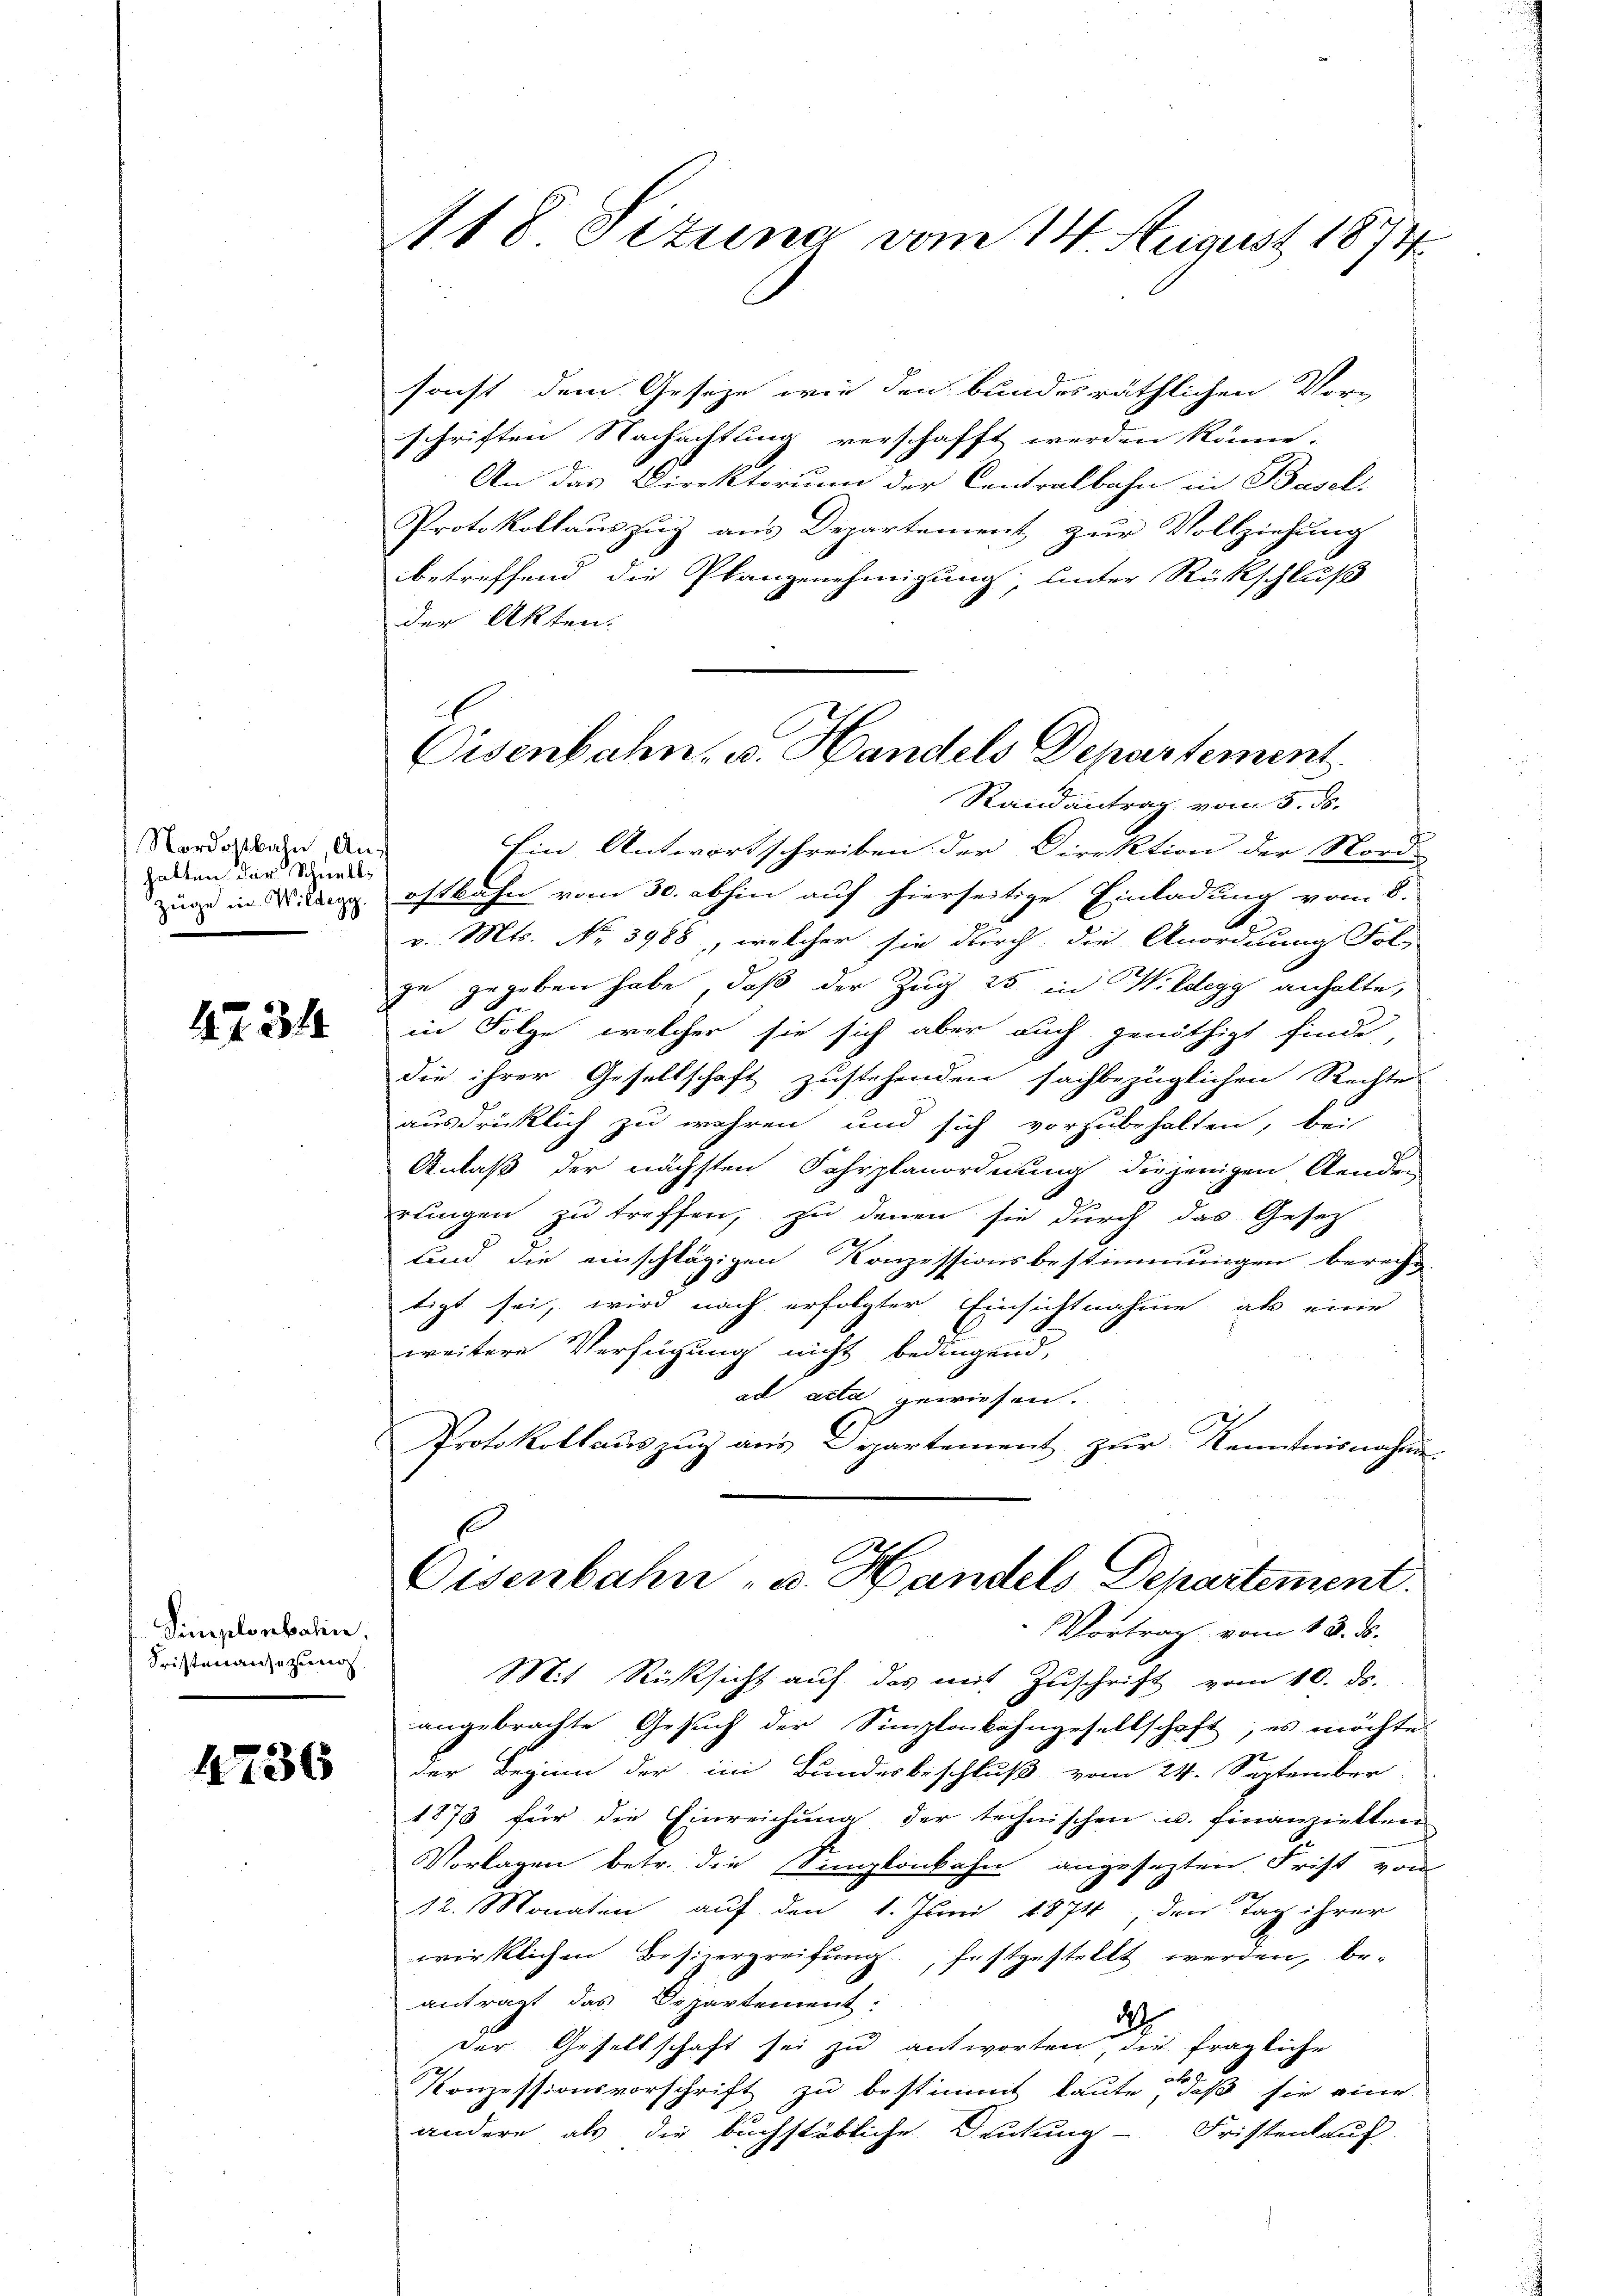
Nordostbahn, Anhatten der Schnell
Züge in Wildegg.

47. 314

Simplonbahn.
Fristenansezung

4736

A18 Tizung vom 14. August 1874.

sonst dem Geseze wie den bundesräthlichen Vor-
schriften Nachachtung verschafft werden könne.
An das Direktorium der Centralbahn in Basel.
Protokollauszug aus Departement zur Vollziehung
betreffend die Plangenehmigung unter Rückschluß
der Akten.
v. Mts. No 3988, welcher sie durch die Anordnung Fol-
ze gegeben habe, daß der Zug 25 in Wildegg anhalte,
in Folge, welcher sie sich aber auch genöthigt finde,
die ihrer Gesellschaft zustehenden sachbezüglichen Rechter
ausdrücklich zu wehren und sich vorzubehalten, bei
Anlaß der nächsten Fahrplanordnung diejenigen Aenden
.
rlingen zu treffen, zu denen sie durch das Gesetz-
Kind die einschlägigen Konzessionsbestimmungen berechtigt sei, wird nach erfolgter Einsichtnahme als eine
weitere Verfügung nicht bedingend,
ad acta gewiesen.
Protokollaŭszŭg aŭs Departement zŭr Kenntnisnahme.
Eisenbahn- u. Handels Departement.
Vortrag vom 18. ds.
Mit Rücksicht auf das mit Zuschrift vom 10. ds.
angebrachte Gesuch der Simplokahngesellschaft; es möchte
der Beginn der im Bundesbeschluß vom 24. September
1873 für die Einreichung der technischen u. finanzielten
Vorlagen betr. die Simplonbahn angesezten. Frist von
12. Monaten auf den 1. Juni 1874 den Tag ihrer
wirklichen Besizergreifung festgestellt werden, beantragt das Departement:
2
der Gesellschaft sei zu antworten, die fragliche
Konzessionsvorschrift zu bestimmt laute, daß sie eine
andere als die buchstäbliche Deutung Fristenkauf

Eisenbahn, u. Handels Departement
Randantrag vom 5. ds.
Ein Antwortschreiben der Direktion der Nord-
ostbahn vom 30. abhin auf hierseitige Einladung vom 8.